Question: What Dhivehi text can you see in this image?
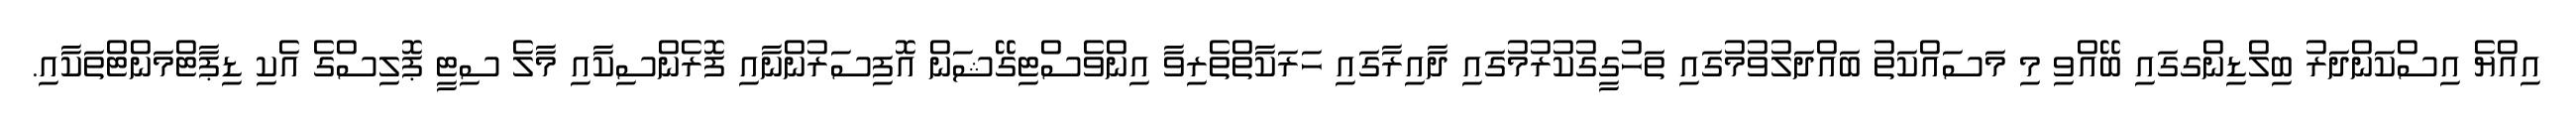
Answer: އިއްޔެ އިސްކަންދަރު ބިލްޑިންގގައި ބޭއްވި މި މަސައްކަތު ބައްދަލުވުމުގައި ތަހުގީގުކުރުމުގައި ދާއިރާގައި ހަރަކާތްތެރިވާ އިންވެސްޓިގޭޝަން އޮފިސަރުންނާއި ފޮރެންސިކާއި މާލެ ސިޓީ ޕޮލިސްގެ އެކި ޑިޕާޓްމަންޓްތަކާއި.